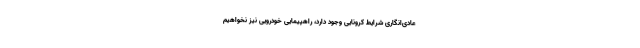
عادی‌انگاری شرایط کرونایی وجود دارد، راهپیمایی خودرویی نیز نخواهیم